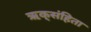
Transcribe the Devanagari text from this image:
ऋक्‌संहिता